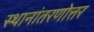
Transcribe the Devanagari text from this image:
स्थानांतरणोत्तर